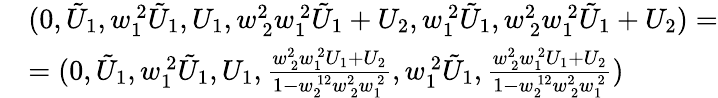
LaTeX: \begin{array}{rl}&{(0,\tilde{U}_{1},w_{1\ }^{\ 2}\tilde{U}_{1},U_{1},w_{\ 2}^{2\ }w_{1\ }^{\ 2}\tilde{U}_{1}+U_{2},w_{1\ }^{\ 2}\tilde{U}_{1},w_{\ 2}^{2\ }w_{1\ }^{\ 2}\tilde{U}_{1}+U_{2})=}\\ &{=(0,\tilde{U}_{1},w_{1\ }^{\ 2}\tilde{U}_{1},U_{1},\frac{w_{\ 2}^{2\ }w_{1\ }^{\ 2}U_{1}+U_{2}}{1-w_{2\ }^{\ 12}w_{\ 2}^{2\ }w_{1\ }^{\ 2}},w_{1\ }^{\ 2}\tilde{U}_{1},\frac{w_{\ 2}^{2\ }w_{1\ }^{\ 2}U_{1}+U_{2}}{1-w_{2\ }^{\ 12}w_{\ 2}^{2\ }w_{1\ }^{\ 2}})}\end{array}